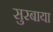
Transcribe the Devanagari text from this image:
सुरबाया